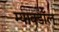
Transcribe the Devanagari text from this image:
म्याक्डॉल